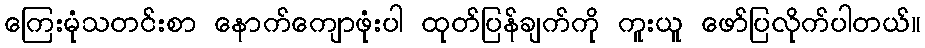
ကြေးမုံသတင်းစာ နောက်ကျောဖုံးပါ ထုတ်ပြန်ချက်ကို ကူးယူ ဖော်ပြလိုက်ပါတယ်။